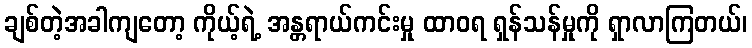
ချစ်တဲ့အခါကျတော့ ကိုယ့်ရဲ့ အန္တရာယ်ကင်းမှု ထာဝရ ရှန်သန်မှုကို ရှာလာကြတယ်၊